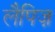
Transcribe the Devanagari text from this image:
लैपिज़